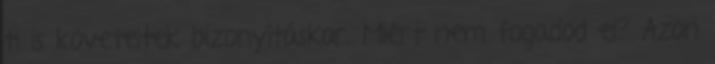
ti is követeltek bizonyításkor. Miért nem fogadod el? Azon